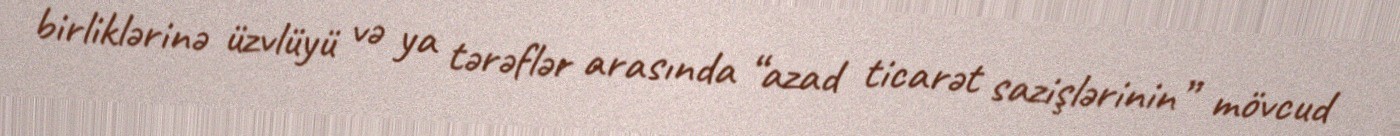
birliklərinə üzvlüyü və ya tərəflər arasında “azad ticarət sazişlərinin” mövcud